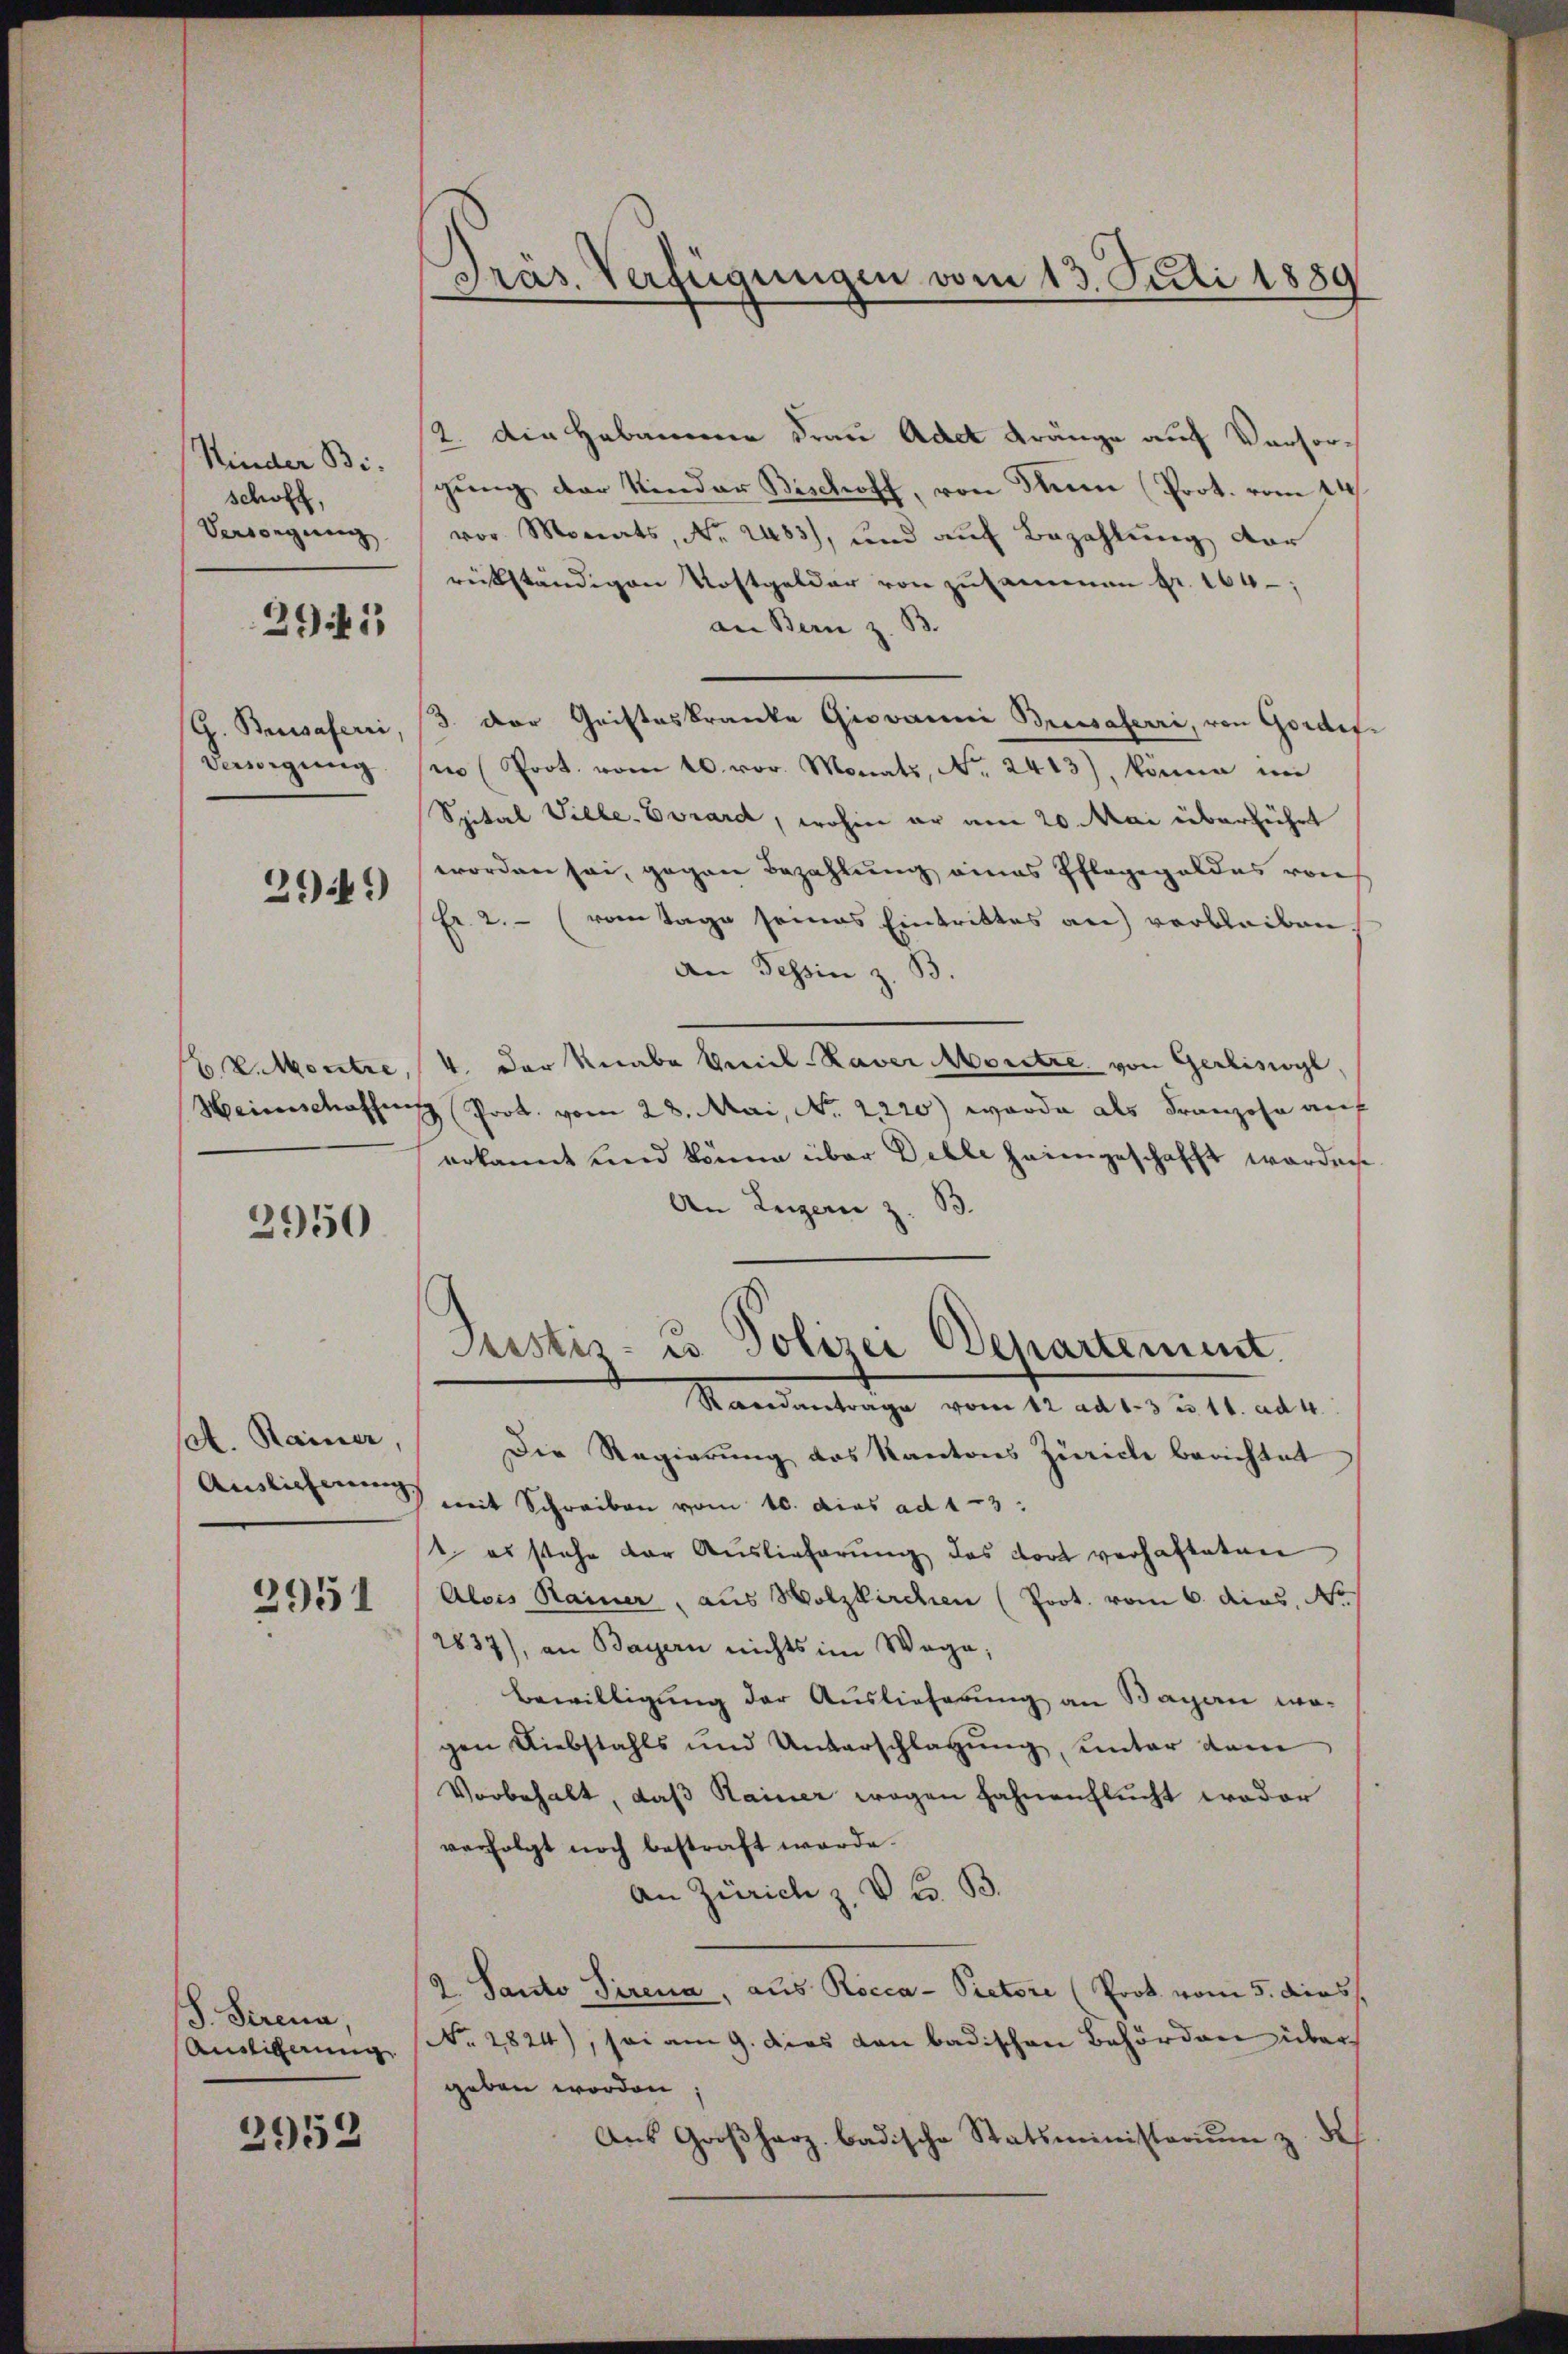
Kinder Bischoff,
Versorgung

2941

G. Busaferri
Vendigung

2949)

E V. Montre,
Heinschaffen

2950

sat. Rainer,
2951

S. Serena,
Ausligerung

2953

Präs. Verfügungen vom 13. Juli 1889

2. Die Hebammene Frau Ader Kränge auf Versorgung der Kinder Bischoff, von Flum (Prot. vom 14.
vor Monats, Nr. 2483), und auf Bezahlung vor
rückständigen Kostgelder von zusammen fr. 164;
an Bern z. B.
3. Der Gristeskranke Giovanni Breesaferri, von Gorderin (Prot. vom 10. vor. Monats, No. 2413), könne ni
Spital Ville-Evrard, wohin er am 20. Mai überführt
worden sei, gegen Bezahlung eines Pflagegeldes von
Fr. 2. (vom Tage seines Eintrittes an verbleiben.
An Tessin z. B.
4. Der Knabe Serial-Raver Moritre von Gerliswyl,
Prot. vom 28. Mai, No. 2220) wurde als Franzohn auf
erkannt und könne über Delle seiengeschafft worden.
An Luzern z. B.
Pustiz- u Polizei Departement.
Randantrage vom 12 ad 13 n 11. ad 4.
Die Regierung des Kantons Zürich berichtet
Auslieferen mit Schreiben vom 10. dies ad 13.
t es stehe der Auslieferŭng des dort verhafteten
Alois Rainer, aus Wolzkirchen (Poot. vom 6. dies, N
2837), an Bayern nichts im Wege,
Bewilligung der Auslieferung an Bayern magen Diebstahls und Unterschlagung unter dem
Vorbehalt, daß Hainer wegen Fahnenflucht weder
verfolgt noch bestraft werde.
An Zürich z. V. B. B.
2. Santo Sirena, aus Rocca- Pictore (Prok. vom 5. dies
No. 2824), sei am 9. Das von badischen Behörden übergeben worden
Aus Großherz badische Statsministraum z. des